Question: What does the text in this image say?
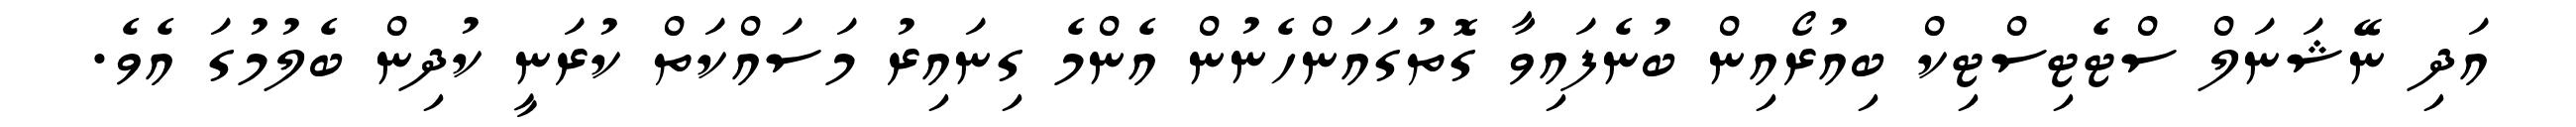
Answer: އަދި ނޭޝަނަލް ސްޓެޓިސްޓިކް ބިއުރޯއިން ބުނެފައިވާ ގޮތުގައަންހެނުން އެންމެ ގިނައިރު މަސައްކަތް ކުރަނީ ކުދިން ބެލުމުގަ އެވެ.